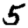
Digit: 5